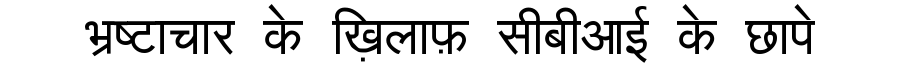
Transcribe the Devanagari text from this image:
भ्रष्टाचार के ख़िलाफ़ सीबीआई के छापे